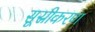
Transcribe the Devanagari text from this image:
सूस्रीकरण